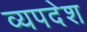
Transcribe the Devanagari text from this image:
व्यपदेश